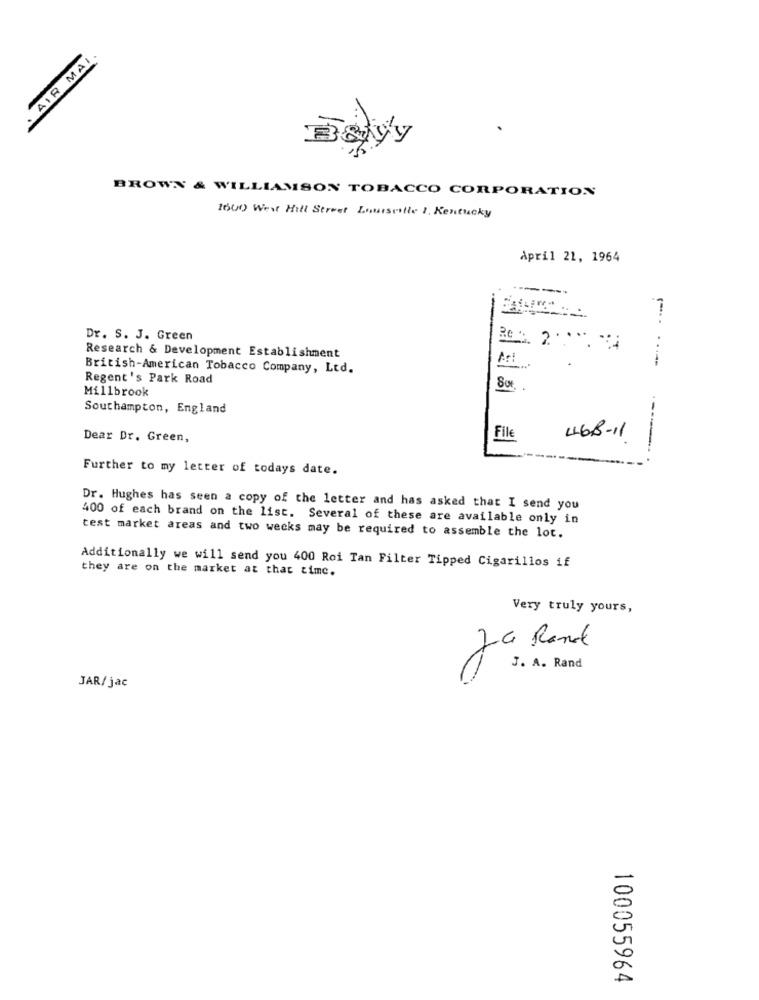
· AIR MAI.
Bayy
BROWN & WILLIAMSON TOBACCO CORPORATION
1600 West Hill Street Louisville I. Kentucky
April 21, 1964
Dr. S. J. Green
:
Re : 2 .... 34
Research & Development Establishment
British-American Tobacco Company, Ltd.
Regent's Park Road
Millbrook
Southampton, England
Dear Dr. Green,
File
4GB-11
-----
Further to my letter of todays date.
Dr. Hughes has seen a copy of the letter and has asked that I send you
400 of each brand on the list. Several of these are available only in
test market areas and two weeks may be required to assemble the lot.
Additionally we will send you 400 Roi Tan Filter Tipped Cigarillos if
they are on the market at that time.
Very truly yours,
J. A. Rand
JAR/jac
100055964